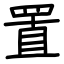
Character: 置